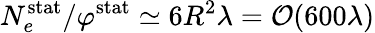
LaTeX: N_{e}^{\mathrm{stat}}/\varphi^{\mathrm{stat}}\simeq 6R^{2}\lambda=\mathcal{O}(600\lambda)